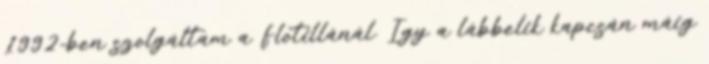
1992-ben szolgáltam a Flotillánál. Így a lábbelik kapcsán máig